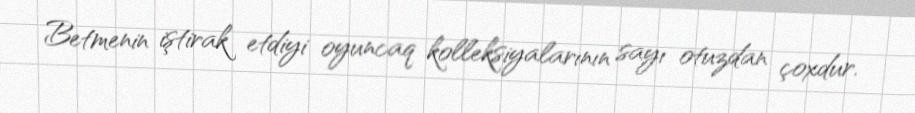
Betmenin iştirak etdiyi oyuncaq kolleksiyalarının sayı otuzdan çoxdur.